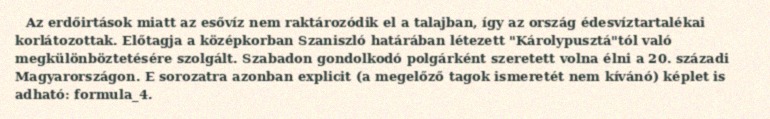
Az erdőirtások miatt az esővíz nem raktározódik el a talajban, így az ország édesvíztartalékai korlátozottak. Előtagja a középkorban Szaniszló határában létezett "Károlypusztá"tól való megkülönböztetésére szolgált. Szabadon gondolkodó polgárként szeretett volna élni a 20. századi Magyarországon. E sorozatra azonban explicit (a megelőző tagok ismeretét nem kívánó) képlet is adható: formula_4.